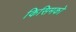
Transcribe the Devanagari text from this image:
किसिमको